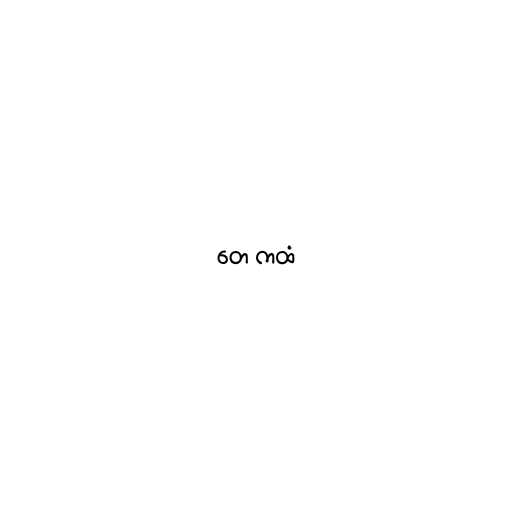
တေ ကထံ